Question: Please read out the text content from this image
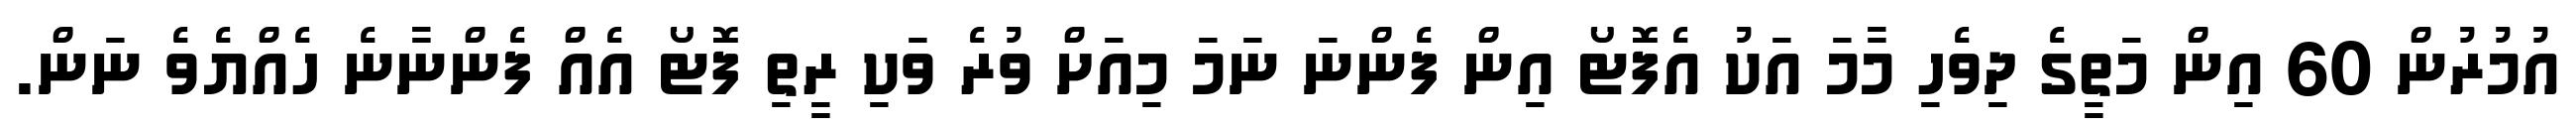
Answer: އުމުރުން 60 އިން މަތީގެ ދިވެހި މާމަ އަކު އެފޮޓޯ އިން ފެންނަ ނަމަ މިއަށް ވުރެ ވަކި ރީތި ފޮޓޯ އެއް ފެންނާނެ ހެއްޔެވެ ނަން.